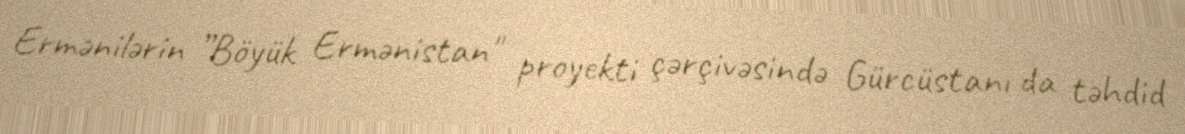
Ermənilərin ”Böyük Ermənistan" proyekti çərçivəsində Gürcüstanı da təhdid